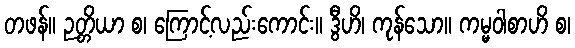
တဖန်။ ဉတ္တိယာ စ၊ ကြောင့်လည်းကောင်း။ ဒွီဟိ၊ ကုန်သော။ ကမ္မဝါစာဟိ စ၊